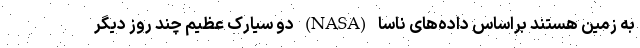
به زمین هستند براساس داده‌های ناسا (NASA) دو سیارک عظیم چند روز دیگر